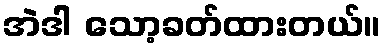
အဲဒါ သော့ခတ်ထားတယ်။